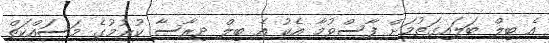
އެ ބިލް ބަލައިގަތުމަށް ފާސްވުމާ އެކު އެ ބިލް ދިރާސާ ކުރުމުގެ މަސައްކަތް